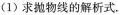
(1)求抛物线的解析式。